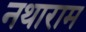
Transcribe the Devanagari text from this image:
नथाराम